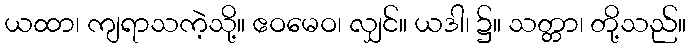
ယထာ၊ ကျရာသကဲ့သို့။ ဧဝမေဝ၊ လျှင်။ ယဒါ၊ ၌။ သတ္တာ၊ တို့သည်။